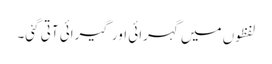
لفظوں میں گہرائی اور گیرائی آتی گئی۔